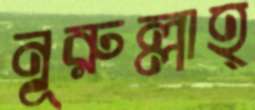
নূরুল্লাহ্